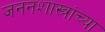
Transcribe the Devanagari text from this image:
जननशास्त्रांच्या